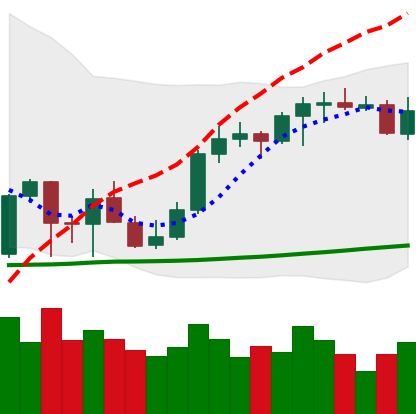
Ticker: ETH-USD
Chart end date: 2021-10-11
Forward return: 8.04%
Label: up_7plus